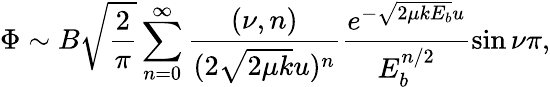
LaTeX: \Phi\sim B\sqrt{\frac{2}{\pi}}\sum_{n=0}^{\infty}\frac{(\nu,n)}{(2\sqrt{2\mu k}u)^{n}}\frac{e^{-\sqrt{2\mu kE_{b}}u}}{E_{b}^{n/2}}\sin{\nu\pi},